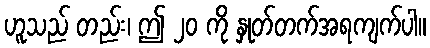
ဟူသည် တည်း၊ ဤ ၂၀ ကို နှုတ်တက်အရကျက်ပါ။